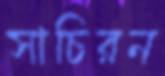
সাচিরন